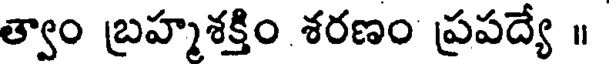
త్వాం బ్రహ్మశక్తిం శరణం ప్రపద్యే ॥